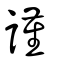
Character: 謹